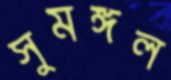
সুমঙ্গল